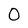
Character: 0